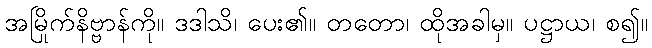
အမြိုက်နိဗ္ဗာန်ကို။ ဒဒါသိ၊ ပေး၏။ တတော၊ ထိုအခါမှ။ ပဋ္ဌာယ၊ စ၍။